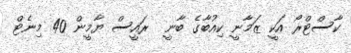
ކާސްޓްރޯ އަކީ ޒަމާނީ ކިއުބާގެ ބާނީ  ރައީސް ޔާމީން 40 މިނެޓް